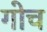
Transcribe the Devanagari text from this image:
गोच